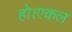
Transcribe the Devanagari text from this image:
हो।एकल